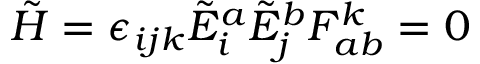
{ \tilde { H } } = \epsilon _ { i j k } { \tilde { E } } _ { i } ^ { a } { \tilde { E } } _ { j } ^ { b } F _ { a b } ^ { k } = 0